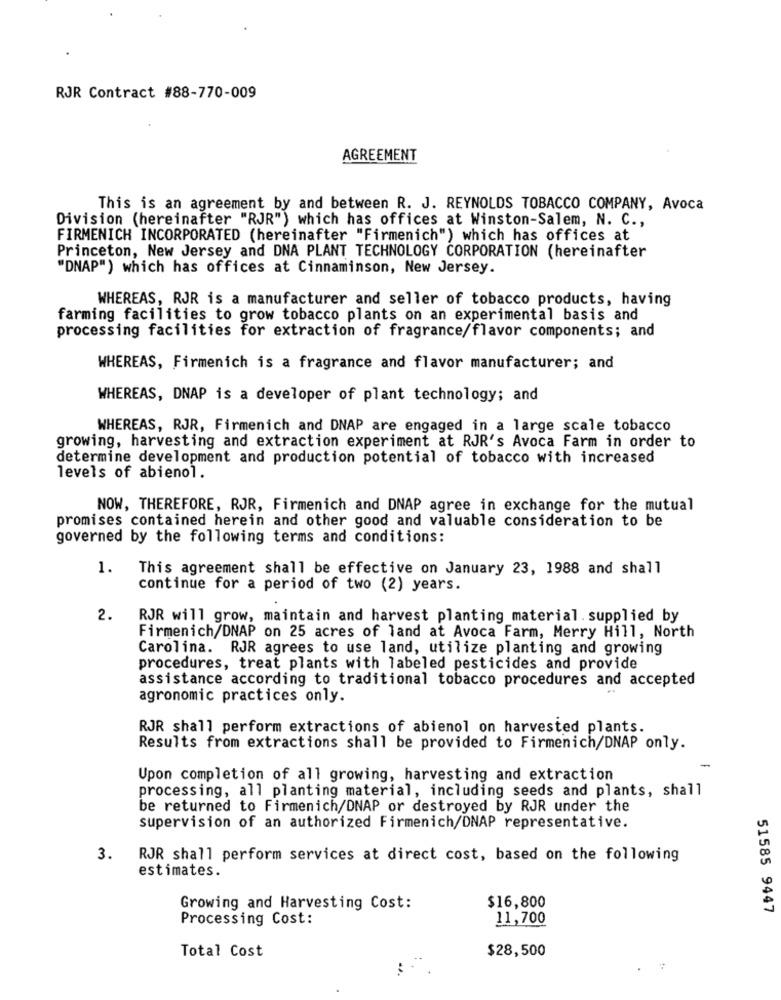
RJR Contract #88-770-009
AGREEMENT
This is an agreement by and between R. J. REYNOLDS TOBACCO COMPANY, Avoca
Division (hereinafter "RJR") which has offices at Winston-Salem, N. C .,
FIRMENICH INCORPORATED (hereinafter "Firmenich") which has offices at
Princeton, New Jersey and DNA PLANT TECHNOLOGY CORPORATION (hereinafter
"DNAP") which has offices at Cinnaminson, New Jersey.
WHEREAS, RJR is a manufacturer and seller of tobacco products, having
farming facilities to grow tobacco plants on an experimental basis and
processing facilities for extraction of fragrance/flavor components; and
WHEREAS, Firmenich is a fragrance and flavor manufacturer; and
WHEREAS, DNAP is a developer of plant technology; and
WHEREAS, RJR, Firmenich and DNAP are engaged in a large scale tobacco
growing, harvesting and extraction experiment at RJR's Avoca Farm in order to
determine development and production potential of tobacco with increased
levels of abienol.
NOW, THEREFORE, RJR, Firmenich and DNAP agree in exchange for the mutual
promises contained herein and other good and valuable consideration to be
governed by the following terms and conditions:
1.
This agreement shall be effective on January 23, 1988 and shall
continue for a period of two (2) years.
2.
RJR will grow, maintain and harvest planting material. supplied by
Firmenich/DNAP on 25 acres of land at Avoca Farm, Merry Hill, North
Carolina. RJR agrees to use land, utilize planting and growing
procedures, treat plants with labeled pesticides and provide
assistance according to traditional tobacco procedures and accepted
agronomic practices only.
RJR shall perform extractions of abienol on harvested plants.
Results from extractions shall be provided to Firmenich/DNAP only.
Upon completion of all growing, harvesting and extraction
processing, all planting material, including seeds and plants, shall
be returned to Firmenich/DNAP or destroyed by RJR under the
supervision of an authorized Firmenich/DNAP representative.
3.
RJR shall perform services at direct cost, based on the following
estimates.
$16,800
Growing and Harvesting Cost:
Processing Cost:
11,700
51585 9447
Total Cost
$28,500